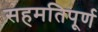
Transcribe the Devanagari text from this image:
सहमतिपूर्ण